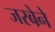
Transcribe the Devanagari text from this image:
जरबेने